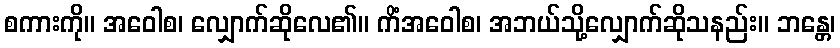
စကားကို။ အဝေါစ၊ လျှောက်ဆိုလေ၏။ ကိံအဝေါစ၊ အဘယ်သို့လျှောက်ဆိုသနည်း။ ဘန္တေ၊